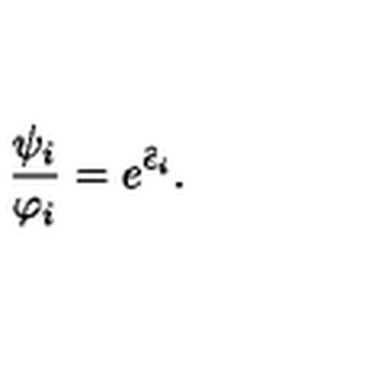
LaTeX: \frac { \psi _ { i } } { \varphi _ { i } } = e ^ { \hat { \epsilon } _ { i } } .